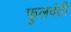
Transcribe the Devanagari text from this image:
फुलवंती